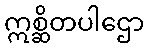
ဣစ္ဆိတပါဌော